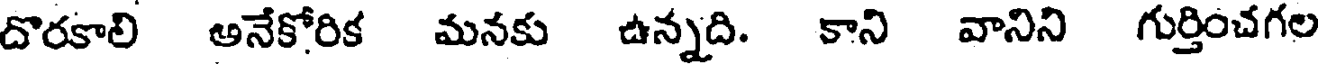
దొరకాలి అనేకోరిక మనకు ఉన్నది. కాని వానిని గుర్తించగల